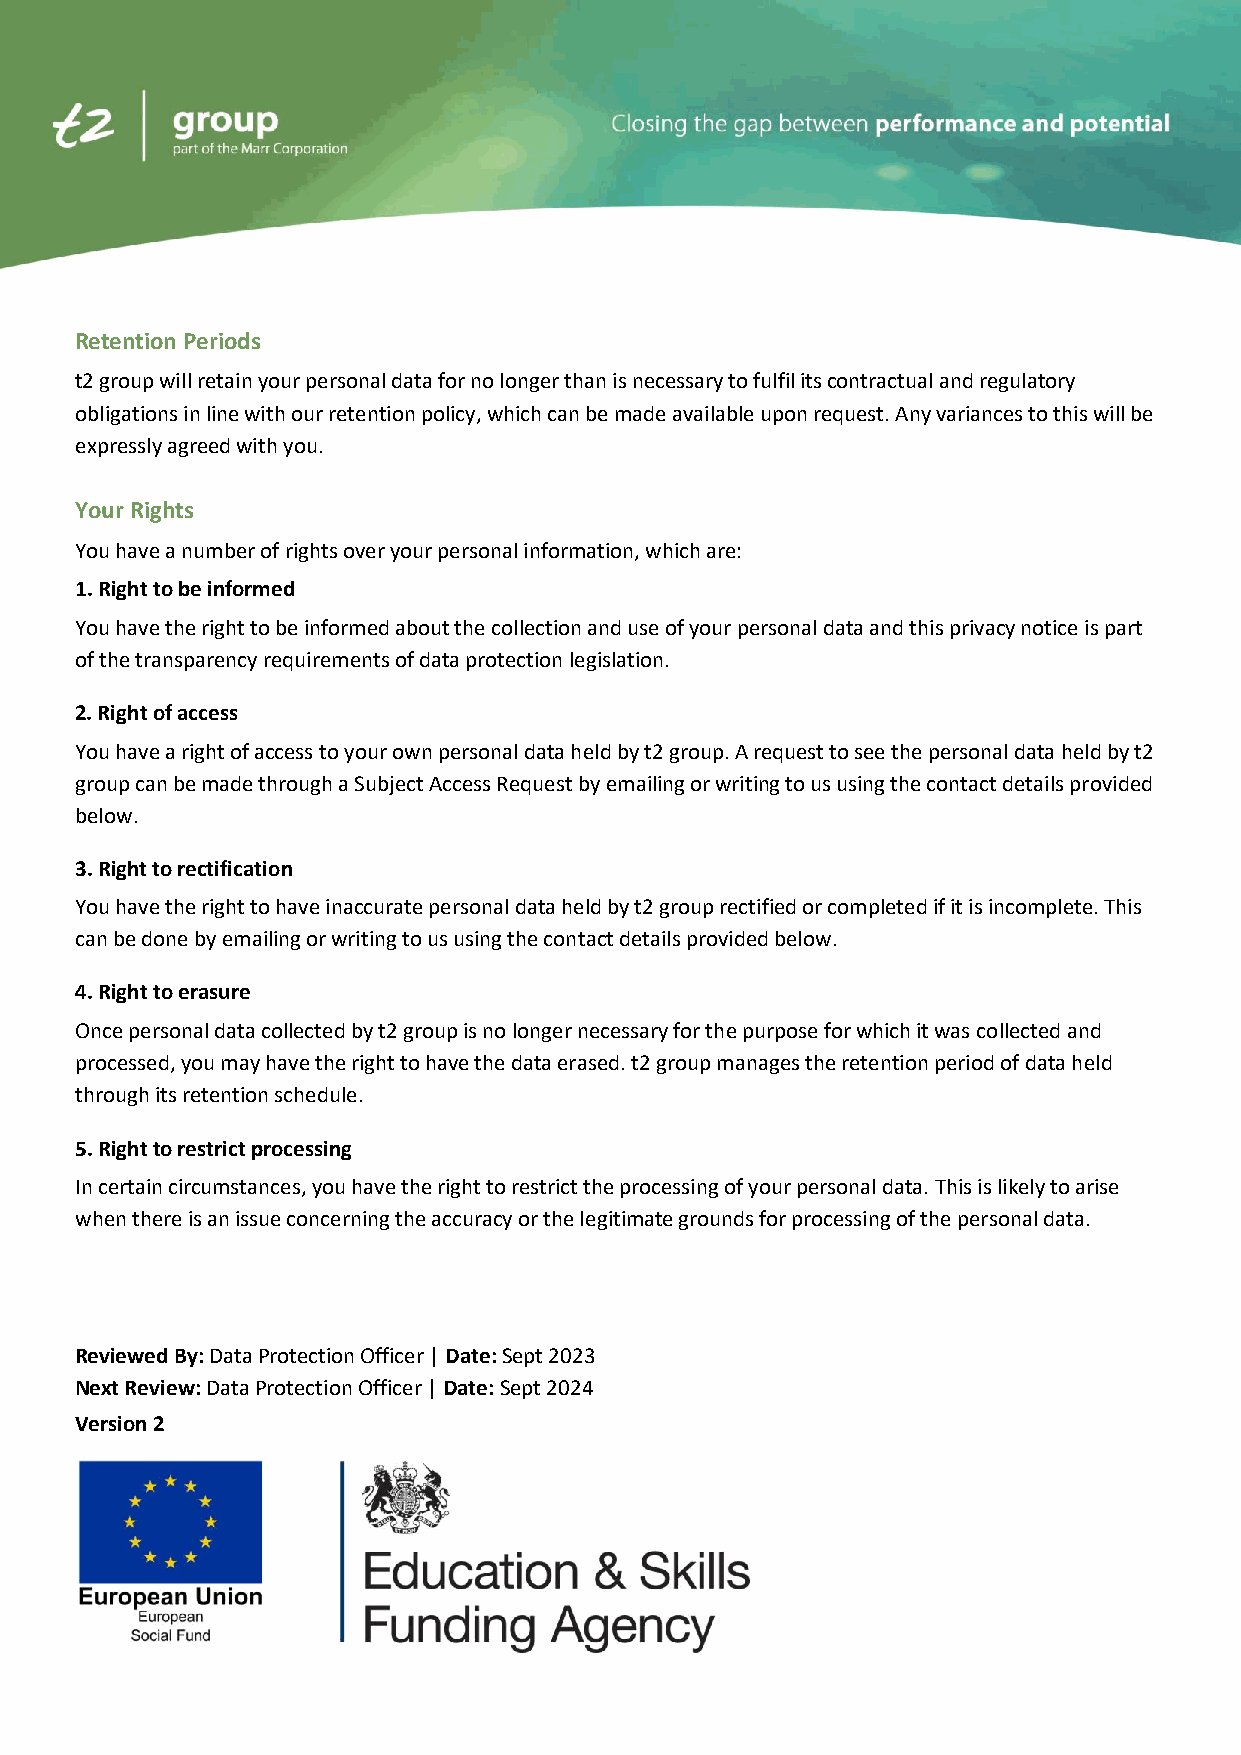
Retention Periods
 t2 group will retain your personal data for no longer than is necessary to fulfil its contractual and regulatory
 obligations in line with our retention policy, which can be made available upon request. Any variances to this will be
 expressly agreed with you.
 Your Rights
 You have a number of rights over your personal information, which are:
 1. Right to be informed
 You have the right to be informed about the collection and use of your personal data and this privacy notice is part
 of the transparency requirements of data protection legislation.
 2. Right of access
 You have a right of access to your own personal data held by t2 group. A request to see the personal data held by t2
 group can be made through a Subject Access Request by emailing or writing to us using the contact details provided
 below.
 3. Right to rectification
 You have the right to have inaccurate personal data held by t2 group rectified or completed if it is incomplete. This
 can be done by emailing or writing to us using the contact details provided below.
 4. Right to erasure
 Once personal data collected by t2 group is no longer necessary for the purpose for which it was collected and
 processed, you may have the right to have the data erased. t2 group manages the retention period of data held
 through its retention schedule.
 5. Right to restrict processing
 In certain circumstances, you have the right to restrict the processing of your personal data. This is likely to arise
 when there is an issue concerning the accuracy or the legitimate grounds for processing of the personal data.
 Reviewed By: Data Protection Officer | Date: Sept 2023
 Next Review: Data Protection Officer | Date: Sept 2024
 Version 2